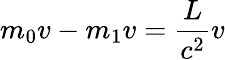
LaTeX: m_{0}v-m_{1}v=\frac{L}{c^{2}}v